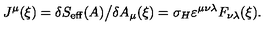
J ^ { \mu } ( \xi ) = \delta S _ { \mathrm { e f f } } ( A ) \big / \delta A _ { \mu } ( \xi ) = \sigma _ { H } \varepsilon ^ { \mu \nu \lambda } F _ { \nu \lambda } ( \xi ) .